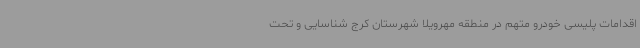
اقدامات پلیسی خودرو متهم در منطقه مهرویلا شهرستان کرج شناسایی و تحت